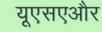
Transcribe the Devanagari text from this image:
यूएसएऔर